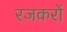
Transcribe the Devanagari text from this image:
रजकरों